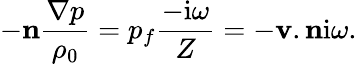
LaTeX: -\mathbf{n}\frac{\mathbf{\nabla}p}{\rho_{0}}=p_{f}\frac{-\textrm{i}\omega}{Z}=-\mathbf{v}.\mathbf{n}\textrm{i}\omega.